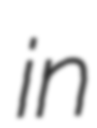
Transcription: in